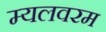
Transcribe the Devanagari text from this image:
म्यलवरम